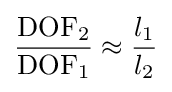
{\frac {\mathrm {DOF} _{2}}{\mathrm {DOF} _{1}}}\approx {\frac {l_{1}}{l_{2}}}